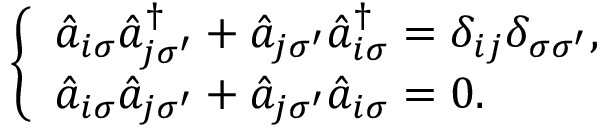
\begin{array} { r } { \left\{ \begin{array} { l l } { \hat { a } _ { i \sigma } \hat { a } _ { j \sigma ^ { \prime } } ^ { \dagger } + \hat { a } _ { j \sigma ^ { \prime } } \hat { a } _ { i \sigma } ^ { \dagger } = \delta _ { i j } \delta _ { \sigma { \sigma } ^ { \prime } } , } \\ { \hat { a } _ { i \sigma } \hat { a } _ { j \sigma ^ { \prime } } + \hat { a } _ { j \sigma ^ { \prime } } \hat { a } _ { i \sigma } = 0 . } \end{array} \right. } \end{array}